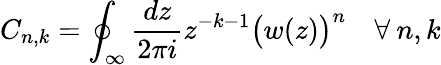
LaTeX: C_{n,k}=\oint_{\infty}\frac{dz}{2\pi i}z^{-k-1}\left(\strut w(z)\right)^{n}\quad\forall\: n,k